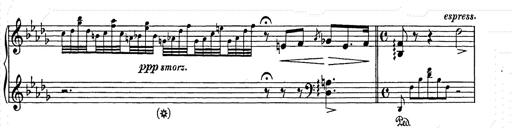
Title: Berceuse
Composer: Lucien Wurmser
Key: A major